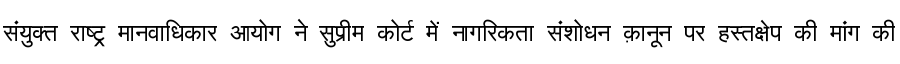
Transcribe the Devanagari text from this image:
संयुक्त राष्ट्र मानवाधिकार आयोग ने सुप्रीम कोर्ट में नागरिकता संशोधन क़ानून पर हस्तक्षेप की मांग की